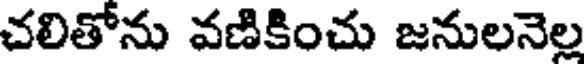
చలితోను వణికించు జనులనెల్ల